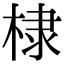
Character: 棣